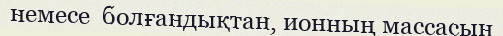
немесе  болғандықтан, ионның массасын